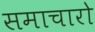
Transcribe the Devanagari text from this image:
समाचारो